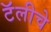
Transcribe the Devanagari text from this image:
टॅलीचे